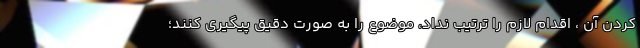
کردن آن ، اقدام لازم را ترتیب نداد، موضوع را به صورت دقیق پیگیری کنند؛